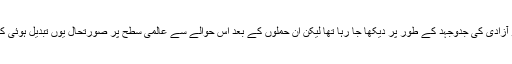
اس سے پہلے مغرب میں کشمیریوں کی مزاحمت کو آزادی کی جدوجہد کے طور پر دیکھا جا رہا تھا لیکن ان حملوں کے بعد اس حوالے سے عالمی سطح پر صورتحال یوں تبدیل ہوئی کہ انڈیا کے بیان کی طرح دہشت گردی کہا جانے لگا۔